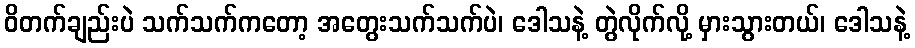
ဝိတက်ချည်းပဲ သက်သက်ကတော့ အတွေးသက်သက်ပဲ၊ ဒေါသနဲ့ တွဲလိုက်လို့ မှားသွားတယ်၊ ဒေါသနဲ့